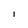
Character: l